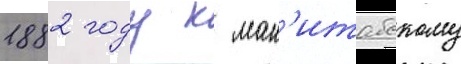
1882 году к ман'итобскому